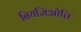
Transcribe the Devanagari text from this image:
बियजिओत्ति